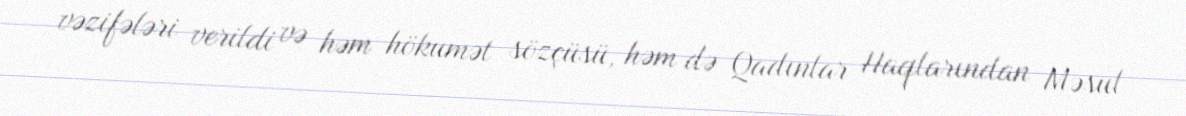
vəzifələri verildi və həm hökumət sözçüsü, həm də Qadınlar Haqlarından Məsul